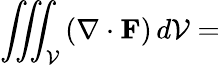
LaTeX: \iiint_{\mathcal{V}}\left(\mathbf{{\nabla}}\cdot\mathbf{{F}}\right)\, d\mathcal{V}=